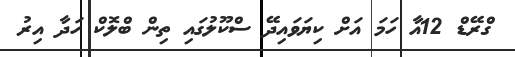
ގްރޭޑް 12އާ ހަމަ އަށް ކިޔަވައިދޭ ސްކޫލުގައި ތިން ބްލޮކް ހަދާ އިރު